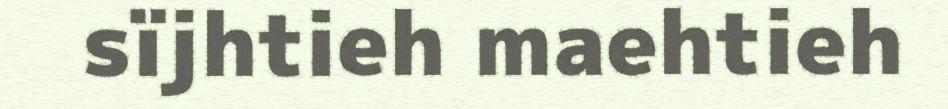
sïjhtieh maehtieh